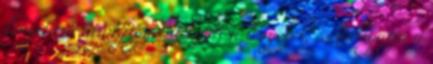
kinyitása után figyelni kezdi a lényeket, és hallgatja a